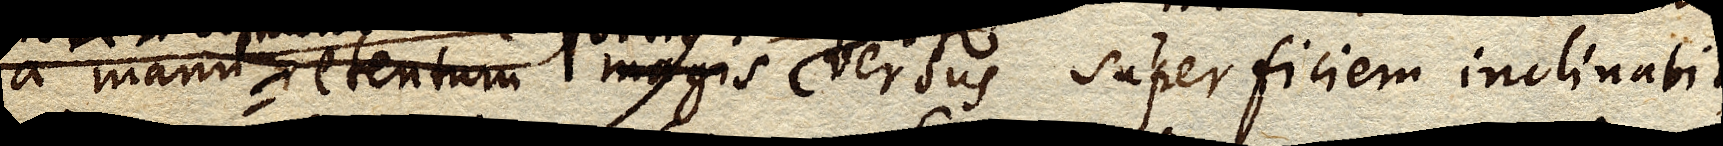
a manu retentum magis versus superficiem inclinabit,